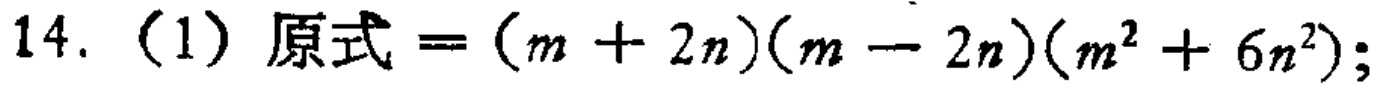
14.（1）原式\(=(m + 2n)(m - 2n)(m^{2} + 6n^{2})\);